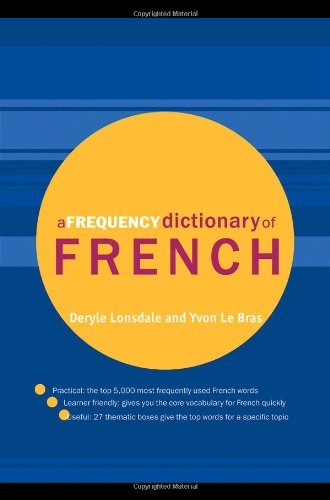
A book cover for A Frequency Dictionary of French: Core Vocabulary for Learners (Routledge Frequency Dictionaries); Deryle Lonsdale; Reference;